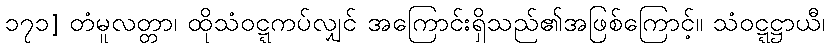
၁၇၁] တံမူလတ္တာ၊ ထိုသံဝဋ္ဋကပ်လျှင် အကြောင်းရှိသည်၏အဖြစ်ကြောင့်။ သံဝဋ္ဋဋ္ဌာယီ၊